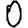
Digit: 0